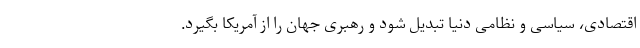
اقتصادی، سیاسی و نظامی دنیا تبدیل شود و رهبری جهان را از آمریکا بگیرد.